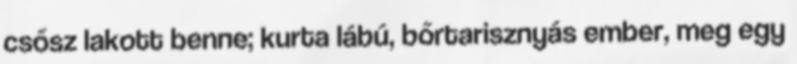
csősz lakott benne; kurta lábú, bőrtarisznyás ember, meg egy